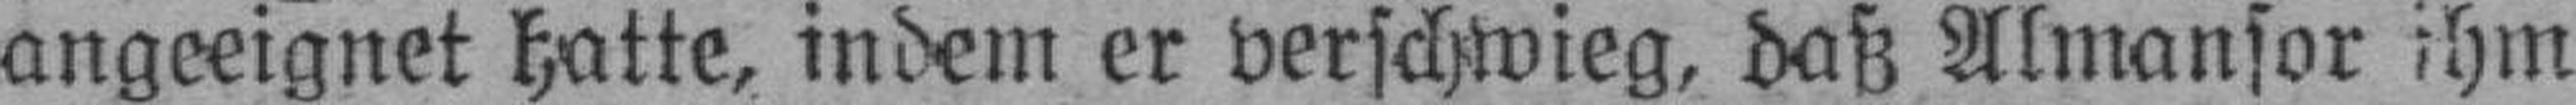
angeeignet hatte, indem er verschwieg, daß Almansor ihm